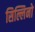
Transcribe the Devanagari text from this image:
सिल्लिनो